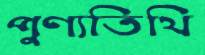
পুণ্যতিথি